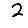
Digit: 2